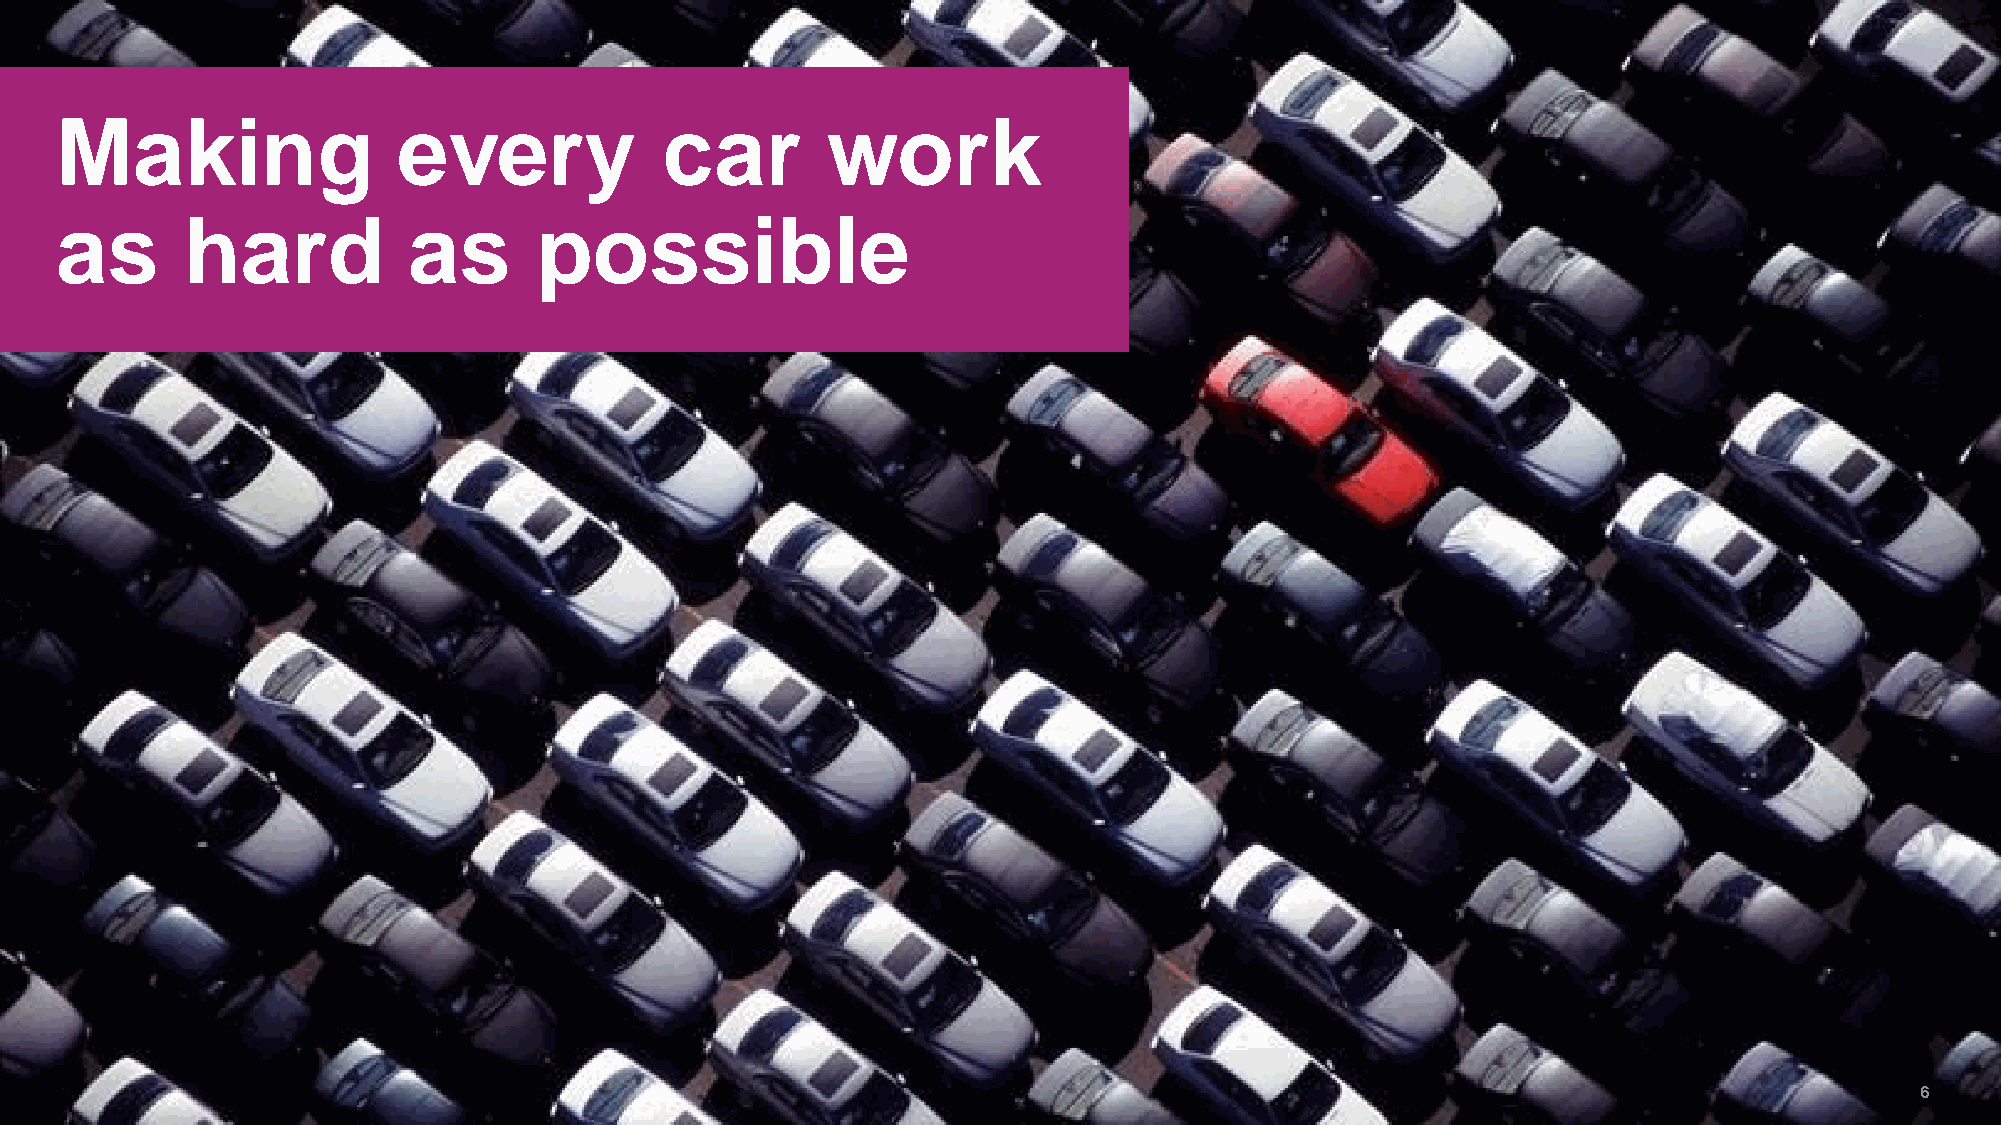
d
 e
 tib
 Making                every             car        work
 ih
 o
 rp
 y
 ltc
 irts
 s
 as      hard           as      possible                                                                                     i
 n
 o
 itu
 b
 irts
 id
 la
 ic
 re
 m
 m
 o
 c
 d
 n
 a
 n
 o
 itc
 u
 d
 o
 rp
 e
 R
 .1
 2
 0
 2
 p
 u
 o
 rG
 a
 ts
 iv
 o
 tu
 A
 ©
 6